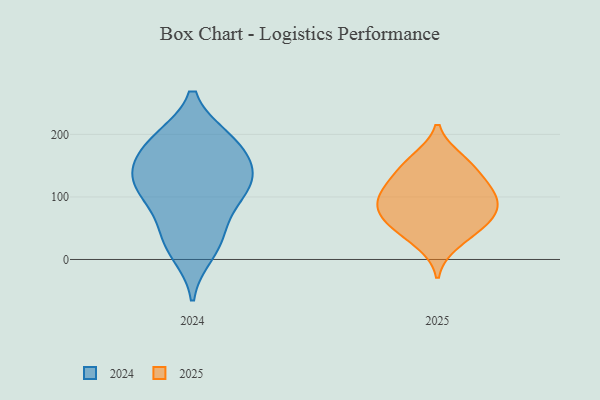
{"axis": {"x": "Customer Acquisition Cost (USD)", "y": "Value"}, "legend": ["2024", "2025"], "data": [{"x": "", "y": 96, "type": "2024"}, {"x": "", "y": 134, "type": "2024"}, {"x": "", "y": 193, "type": "2024"}, {"x": "", "y": 154, "type": "2024"}, {"x": "", "y": 191, "type": "2024"}, {"x": "", "y": 192, "type": "2024"}, {"x": "", "y": 146, "type": "2024"}, {"x": "", "y": 32, "type": "2024"}, {"x": "", "y": 44, "type": "2024"}, {"x": "", "y": 112, "type": "2024"}, {"x": "", "y": 133, "type": "2024"}, {"x": "", "y": 10, "type": "2024"}, {"x": "", "y": 96, "type": "2024"}, {"x": "", "y": 54, "type": "2025"}, {"x": "", "y": 155, "type": "2025"}, {"x": "", "y": 161, "type": "2025"}, {"x": "", "y": 66, "type": "2025"}, {"x": "", "y": 25, "type": "2025"}, {"x": "", "y": 108, "type": "2025"}, {"x": "", "y": 130, "type": "2025"}, {"x": "", "y": 53, "type": "2025"}, {"x": "", "y": 120, "type": "2025"}, {"x": "", "y": 95, "type": "2025"}, {"x": "", "y": 86, "type": "2025"}, {"x": "", "y": 85, "type": "2025"}]}